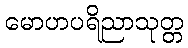
မောဟပရိညာသုတ္တ